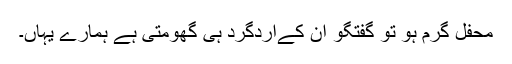
محفل گرم ہو تو گفتگو ان کےاردگرد ہی گھومتی ہے ہمارے یہاں۔